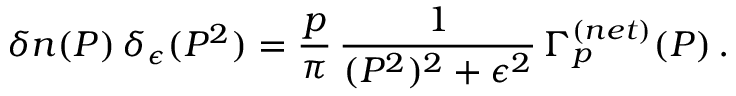
\delta n ( P ) \, \delta _ { \epsilon } ( P ^ { 2 } ) = \frac { p } { \pi } \, \frac { 1 } { ( P ^ { 2 } ) ^ { 2 } + \epsilon ^ { 2 } } \, \Gamma _ { p } ^ { ( n e t ) } ( P ) \, .